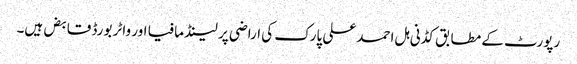
رپورٹ کے مطابق کڈنی ہل احمد علی پارک کی اراضی پر لینڈ مافیا اور واٹر بورڈ قابض ہیں۔